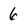
Character: 6